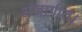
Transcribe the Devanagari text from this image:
अजागीत।